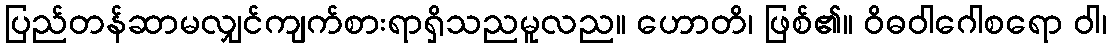
ပြည်တန်ဆာမလျှင်ကျက်စားရာရှိသညမူလည။ ဟောတိ၊ ဖြစ်၏။ ဝိဓဝါဂေါစရော ဝါ၊